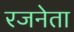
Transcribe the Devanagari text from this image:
रजनेता